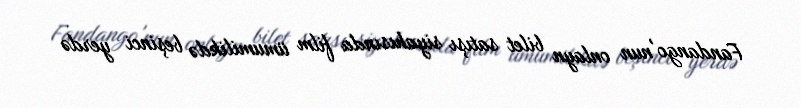
Fandango'nun onlayn bilet satışı siyahısında film ümumilikdə beşinci yerdə